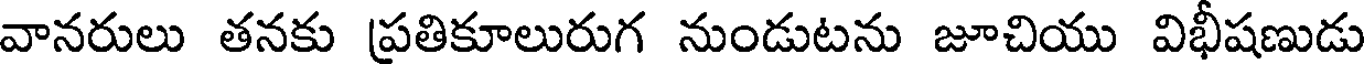
వానరులు తనకు ప్రతికూలురుగ నుండుటను జూచియు విభీషణుడు